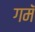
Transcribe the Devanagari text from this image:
गमॅ